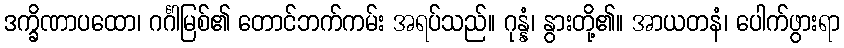
ဒက္ခိဏာပထော၊ ဂင်္ဂါမြစ်၏ တောင်ဘက်ကမ်း အရပ်သည်။ ဂုန္နံ၊ နွားတို့၏။ အာယတနံ၊ ပေါက်ဖွားရာ